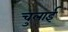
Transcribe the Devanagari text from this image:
चुलाई